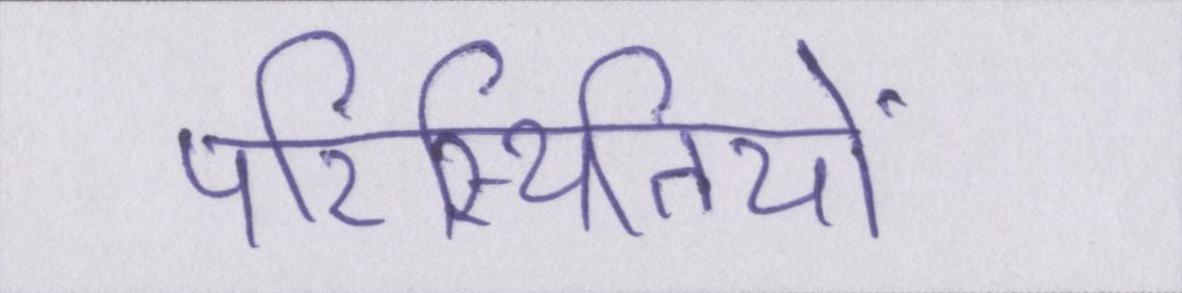
परिस्थितियों